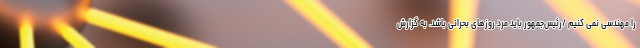
را مهندسی نمی کنیم /رئیس‌جمهور باید مرد روزهای بحرانی باشد. به گزارش